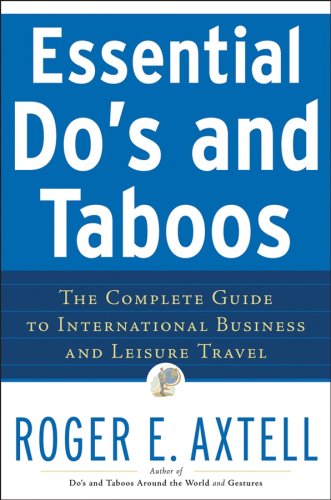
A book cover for Essential Do's and Taboos: The Complete Guide to International Business and Leisure Travel; Roger E. Axtell; Travel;